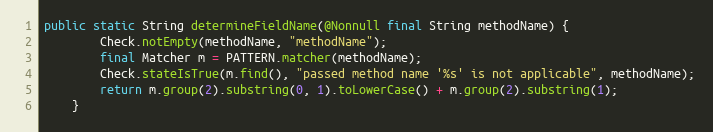
Language: Java
public static String determineFieldName(@Nonnull final String methodName) {
		Check.notEmpty(methodName, "methodName");
		final Matcher m = PATTERN.matcher(methodName);
		Check.stateIsTrue(m.find(), "passed method name '%s' is not applicable", methodName);
		return m.group(2).substring(0, 1).toLowerCase() + m.group(2).substring(1);
	}